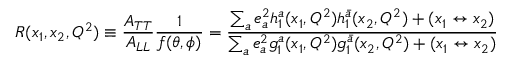
R ( x _ { 1 } , x _ { 2 } , Q ^ { 2 } ) \equiv \frac { A _ { T T } } { A _ { L L } } \frac { 1 } { f ( \theta , \phi ) } = \frac { \sum _ { a } e _ { a } ^ { 2 } h _ { 1 } ^ { a } ( x _ { 1 } , Q ^ { 2 } ) h _ { 1 } ^ { \bar { a } } ( x _ { 2 } , Q ^ { 2 } ) + ( x _ { 1 } \leftrightarrow x _ { 2 } ) } { \sum _ { a } e _ { a } ^ { 2 } g _ { 1 } ^ { a } ( x _ { 1 } , Q ^ { 2 } ) g _ { 1 } ^ { \bar { a } } ( x _ { 2 } , Q ^ { 2 } ) + ( x _ { 1 } \leftrightarrow x _ { 2 } ) }